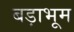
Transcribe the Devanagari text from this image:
बड़ाभूम